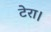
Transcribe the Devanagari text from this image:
टेरा।